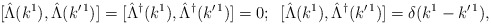
\begin{align*}\mbox [\hat{\Lambda}(k^{1}),\hat{\Lambda}(k^{\prime \, 1})]=[\hat{\Lambda}^{\dagger}(k^{1}),\hat{\Lambda}^{\dagger}(k^{\prime \,1})]=0;\,\,\,[\hat{\Lambda}(k^{1}),\hat{\Lambda}^{\dagger}(k^{\prime \,1})]=\delta(k^{1}- k^{\prime \, 1}),\end{align*}